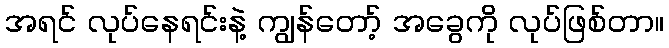
အရင် လုပ်နေရင်းနဲ့ ကျွန်တော့် အခွေကို လုပ်ဖြစ်တာ။